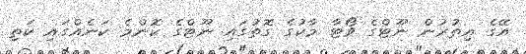
އޭގެ އިތުރުން ނޫޓްގެ ވޯޓާ މާކުގެ ގޮތުގައި ނޫޓްގެ ކޮންމެ ކަނެއްގައި ކަތި